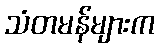
သံတမန်များက